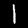
Digit: 1